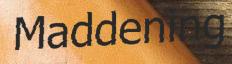
Maddening